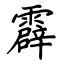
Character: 霹